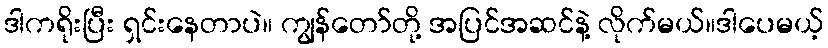
ဒါကရိုးပြီး ရှင်းနေတာပဲ။ ကျွန်တော်တို့ အပြင်အဆင်နဲ့ လိုက်မယ်။ဒါပေမယ့်